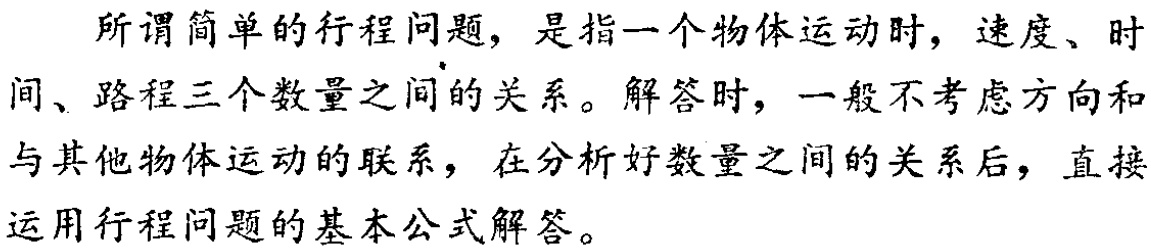
所谓简单的行程问题，是指一个物体运动时，速度、时间、路程三个数量之间的关系。解答时，一般不考虑方向和与其他物体运动的联系，在分析好数量之间的关系后，直接运用行程问题的基本公式解答。